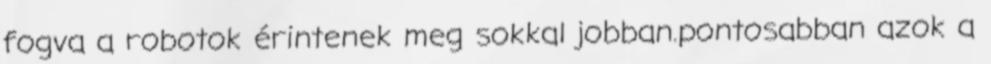
fogva a robotok érintenek meg sokkal jobban.pontosabban azok a